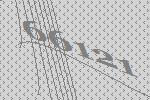
66121